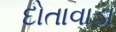
દોતાવાડા